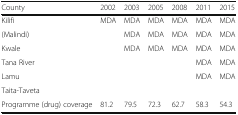
<table><thead><tr><td><b>County</b></td><td><b>2002</b></td><td><b>2003</b></td><td><b>2005</b></td><td><b>2008</b></td><td><b>2011</b></td><td><b>2015</b></td></tr></thead><tbody><tr><td>Kilifi</td><td>MDA</td><td>MDA</td><td>MDA</td><td>MDA</td><td>MDA</td><td>MDA</td></tr><tr><td>(Malindi)</td><td></td><td>MDA</td><td>MDA</td><td>MDA</td><td>MDA</td><td>MDA</td></tr><tr><td>Kwale</td><td></td><td>MDA</td><td>MDA</td><td>MDA</td><td>MDA</td><td>MDA</td></tr><tr><td>Tana River</td><td></td><td></td><td></td><td></td><td>MDA</td><td>MDA</td></tr><tr><td>Lamu</td><td></td><td></td><td></td><td></td><td>MDA</td><td>MDA</td></tr><tr><td>Taita-Taveta</td><td></td><td></td><td></td><td></td><td></td><td></td></tr><tr><td>Programme (drug) coverage</td><td>81.2</td><td>79.5</td><td>72.3</td><td>62.7</td><td>58.3</td><td>54.3</td></tr></tbody></table>